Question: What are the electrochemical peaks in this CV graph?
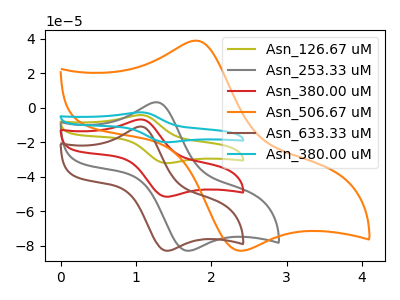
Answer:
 <answer>The olive curve "Asn_126.67 uM" has an anodic peak at (1.05V, -13.55uA) and a cathodic peak at (1.40V, -103.25uA). The gray curve "Asn_253.33 uM" has an anodic peak at (1.30V, 3.25uA) and a cathodic peak at (1.70V, -83.00uA). The red curve "Asn_380.00 uM" has an anodic peak at (1.05V, -6.75uA) and a cathodic peak at (1.40V, -51.65uA). The orange curve "Asn_506.67 uM" has an anodic peak at (1.80V, 38.95uA) and a cathodic peak at (2.40V, -83.00uA). The brown curve "Asn_633.33 uM" has an anodic peak at (1.05V, -10.90uA) and a cathodic peak at (1.40V, -83.00uA). The cyan curve "Asn_380.00 uM" has an anodic peak at (1.05V, -20.30uA) and a cathodic peak at (1.40V, -154.90uA).</answer>
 <eval></eval>